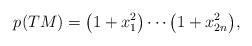
LaTeX: \begin{gather*}p(TM) = \big(1+x_1^2\big)\cdots \big(1+x_{2n}^2\big),\end{gather*}